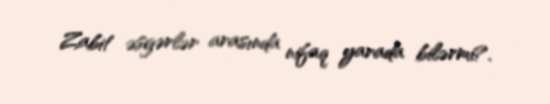
Zabit əsgərlər arasında nifaq yarada bilərmi?.